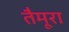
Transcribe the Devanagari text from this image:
तैमूरा